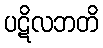
ပဋိလဘတိ